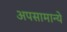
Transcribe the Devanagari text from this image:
अपसामान्ये